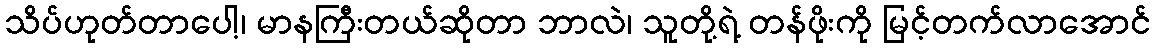
သိပ်ဟုတ်တာပေါ့၊ မာနကြီးတယ်ဆိုတာ ဘာလဲ၊ သူတို့ရဲ့ တန်ဖိုးကို မြင့်တက်လာအောင်